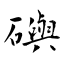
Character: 礖